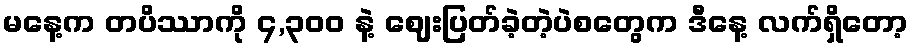
မနေ့က တပိဿာကို ၄,၃၀၀ နဲ့ ဈေးပြတ်ခဲ့တဲ့ပဲစတွေက ဒီနေ့ လက်ရှိတော့